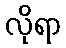
လိုရာ